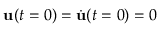
{ \bf u } ( t = 0 ) = { \dot { \bf u } } ( t = 0 ) = 0